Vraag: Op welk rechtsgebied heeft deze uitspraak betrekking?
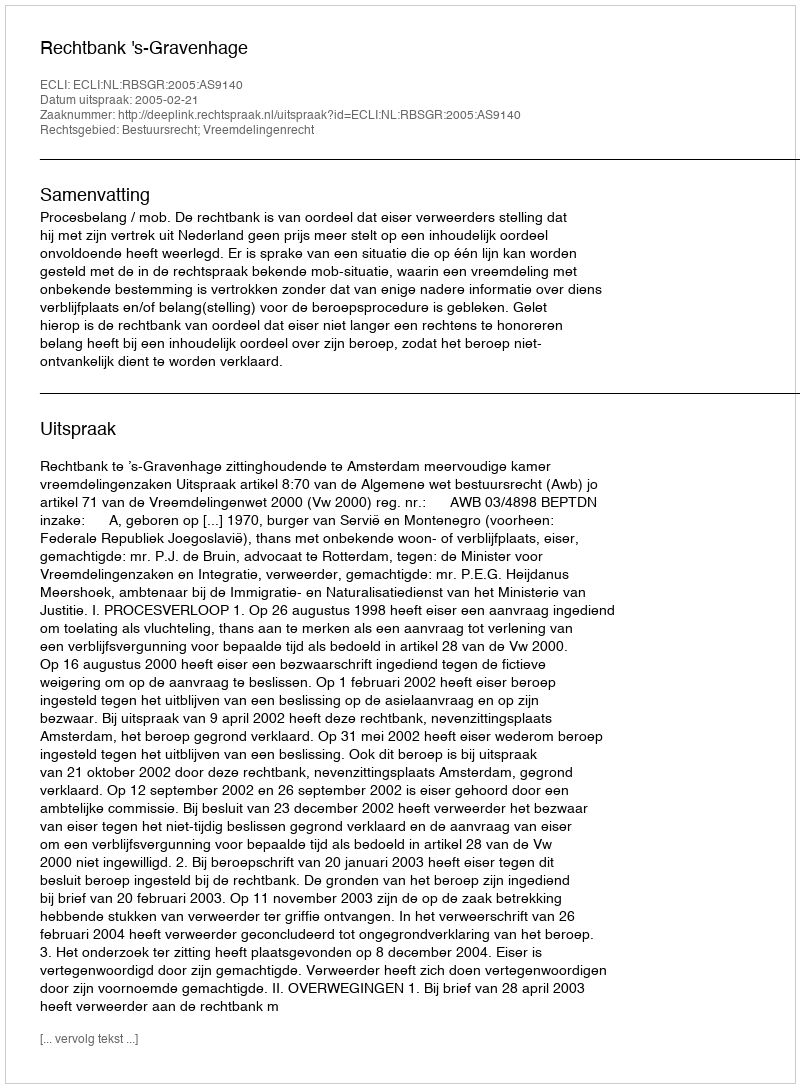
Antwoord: Bestuursrecht; Vreemdelingenrecht